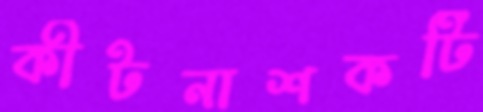
কীটনাশকটি